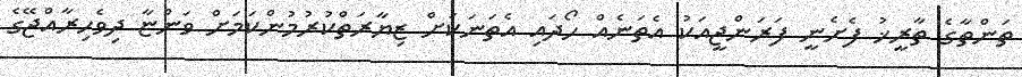
ތަންތާގެ ތާރީޚު ފެށެނީ ފަރަންޖީއަކު އެތަނެއް ހޯދައި އެތަނަކަށް ޒިޔާރަތްކުރުމުންކަމަށް ވަންޏާ ދިވެހިރާއްޖޭގެ